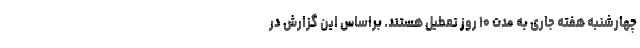
چهارشنبه هفته جاری به مدت ۱۰ روز تعطیل هستند. براساس این گزارش در